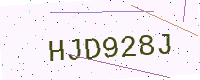
Text: HJD928J